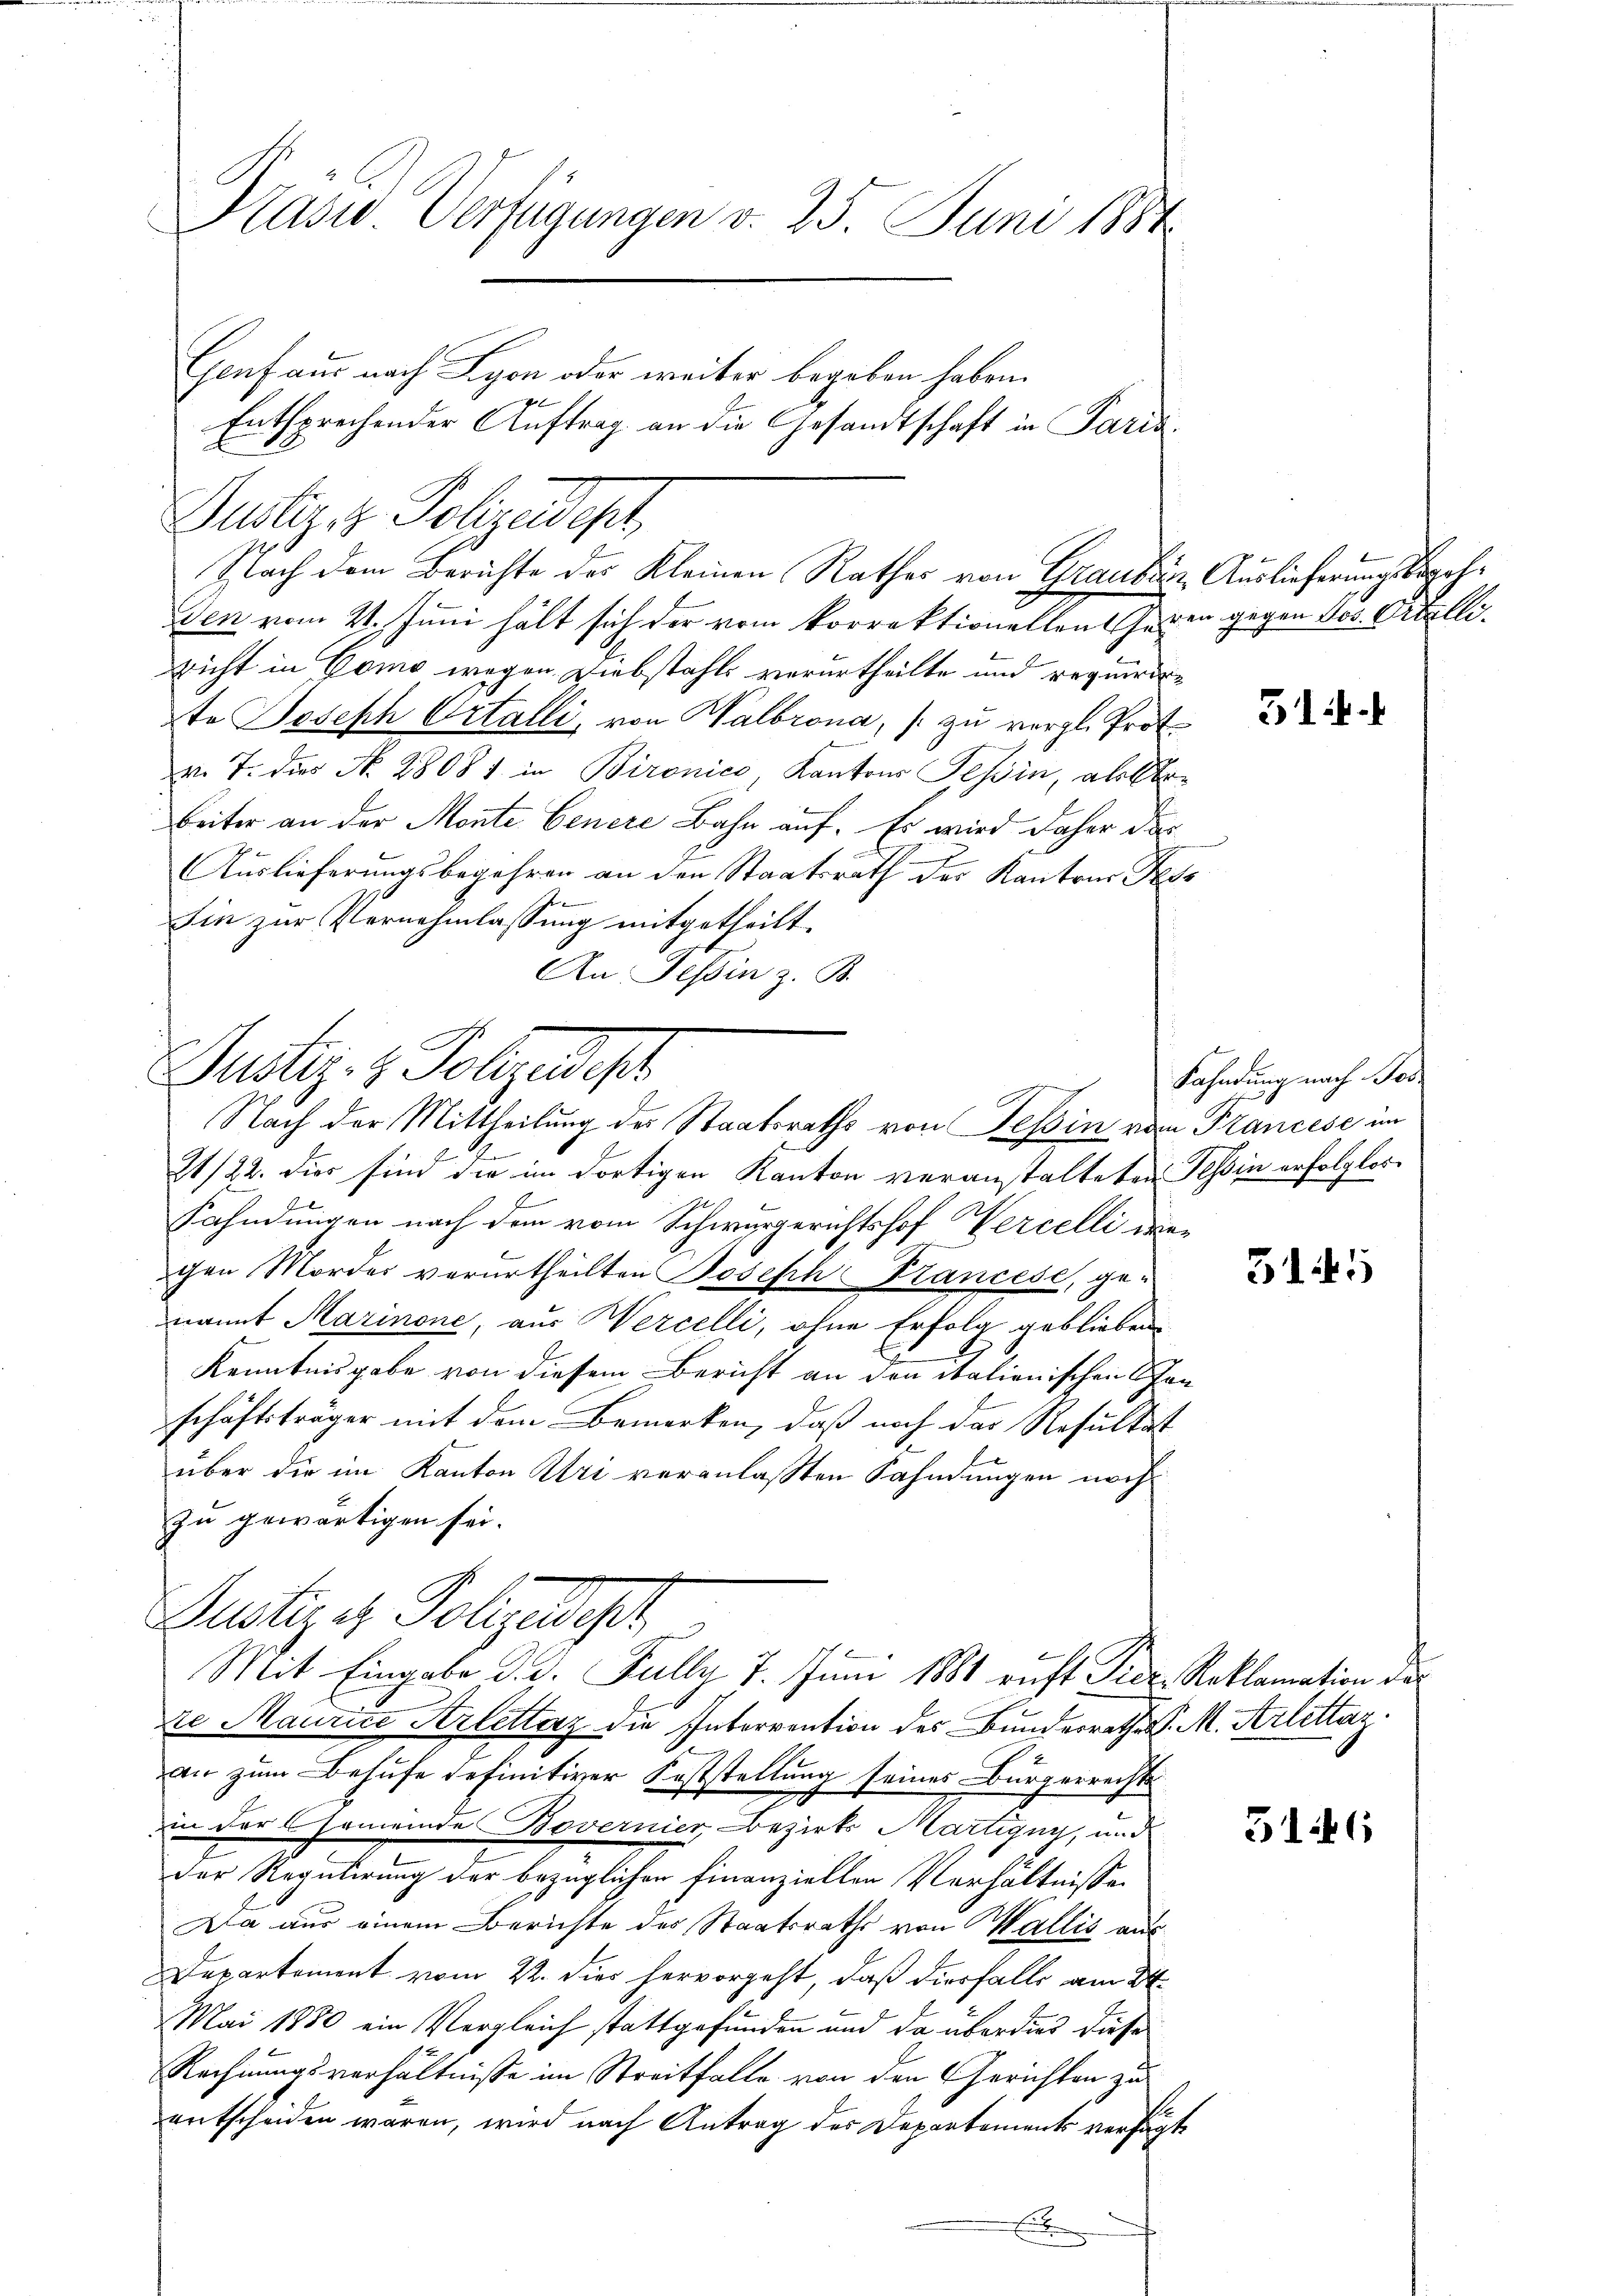
Präsid. Verfügungen v. 25. Juni 1884
Genf aus nach Lyon oder weiter begeben haben.
Entsprechender Auftrag an die Gesandtschaft in Paris

Justizit Polizeidept
den vom 21. Juni hält sich der vom korrektionellen Gegen gegen Jos. Orelliricht in Como wegen Diebstahls verurtheilte und requirirte Joseph Ortalli, von Halbrona, zu vergl. Prot.
v. 7. dies N. 28081. in Bironico, Kantons Tessin, allerbeiter an der Monte Genere Bahn auf. Es wird daher das
Auslieferungsbegehren an den Staatsrath der Kantons Fess
Ihre
Sin zur Vernehmlassung mitgetheilt.
An Tessin z. B.

Nach dem Berichte des Kleinen Rathes von Grauber, Auslieferungsbegeh¬

Justiz- & Polizeist
Nach der Mittheilung der Staatsraths von Tessin vom Prancese im

E
21/22. dies sind die im dortigen Kanton veranstalteten Tessin erfolglos¬
Fähndungen nach dem vom Schwurgerichtshof Wercelli diechen Mordes verurtheilten Joseph Prancese, genannt Marinone, aus Wercelli, ohne Erfolg geblieben
Kenntnisgabe von diesem Bericht an den italienischen Schen
schäftsträger mit dem Bemerken, daß noch das Resultat
über die im Kanton Uri veranlassten Fahndungen noch
zu gewärtigen sei.
ze Maurice Arlettarz die Intervention des Bunderrathes P. M. Arlettaz
an zum Behufe definitiver Feststellung seines Bürgerrechts
in der Gemeinde Bovernier Bezirks Martigny, und
der Regulirung der bezüglichen Finanziellen Verhältnisse
Da aus einem Berichte des Staatsraths von Wallis aus
Departement vom 22. dies hervorgeht, daß diesfalls am 24.
Mai 1880 ein Vergleich stattgefunden und da überdies diese
Rechnungsverhältnisse im Streitfalle von den Gerichten zu
S
entscheiden waren, wird nach Antrag des Departements versagte
E

Justizg Folgeset
Mit Eingabe d. J. Fully 7. Juni 1881 ruht Prez. Reklamation des

314.

Fahndung nach Bes

3145

316